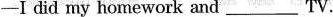
-I did my homework and TV___.